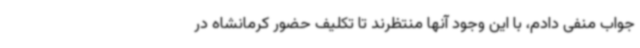
جواب منفی دادم، با این وجود آنها منتظرند تا تکلیف حضور کرمانشاه در